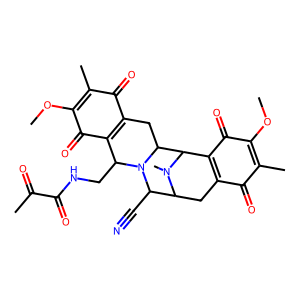
SMILES: COC1=C(C)C(=O)C2=C(C1=O)C1C3CC4=C(C(=O)C(OC)=C(C)C4=O)C(CNC(=O)C(C)=O)N3C(C#N)C(C2)N1C
Inhibits HIV replication: No